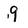
Character: 9